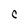
Character: C